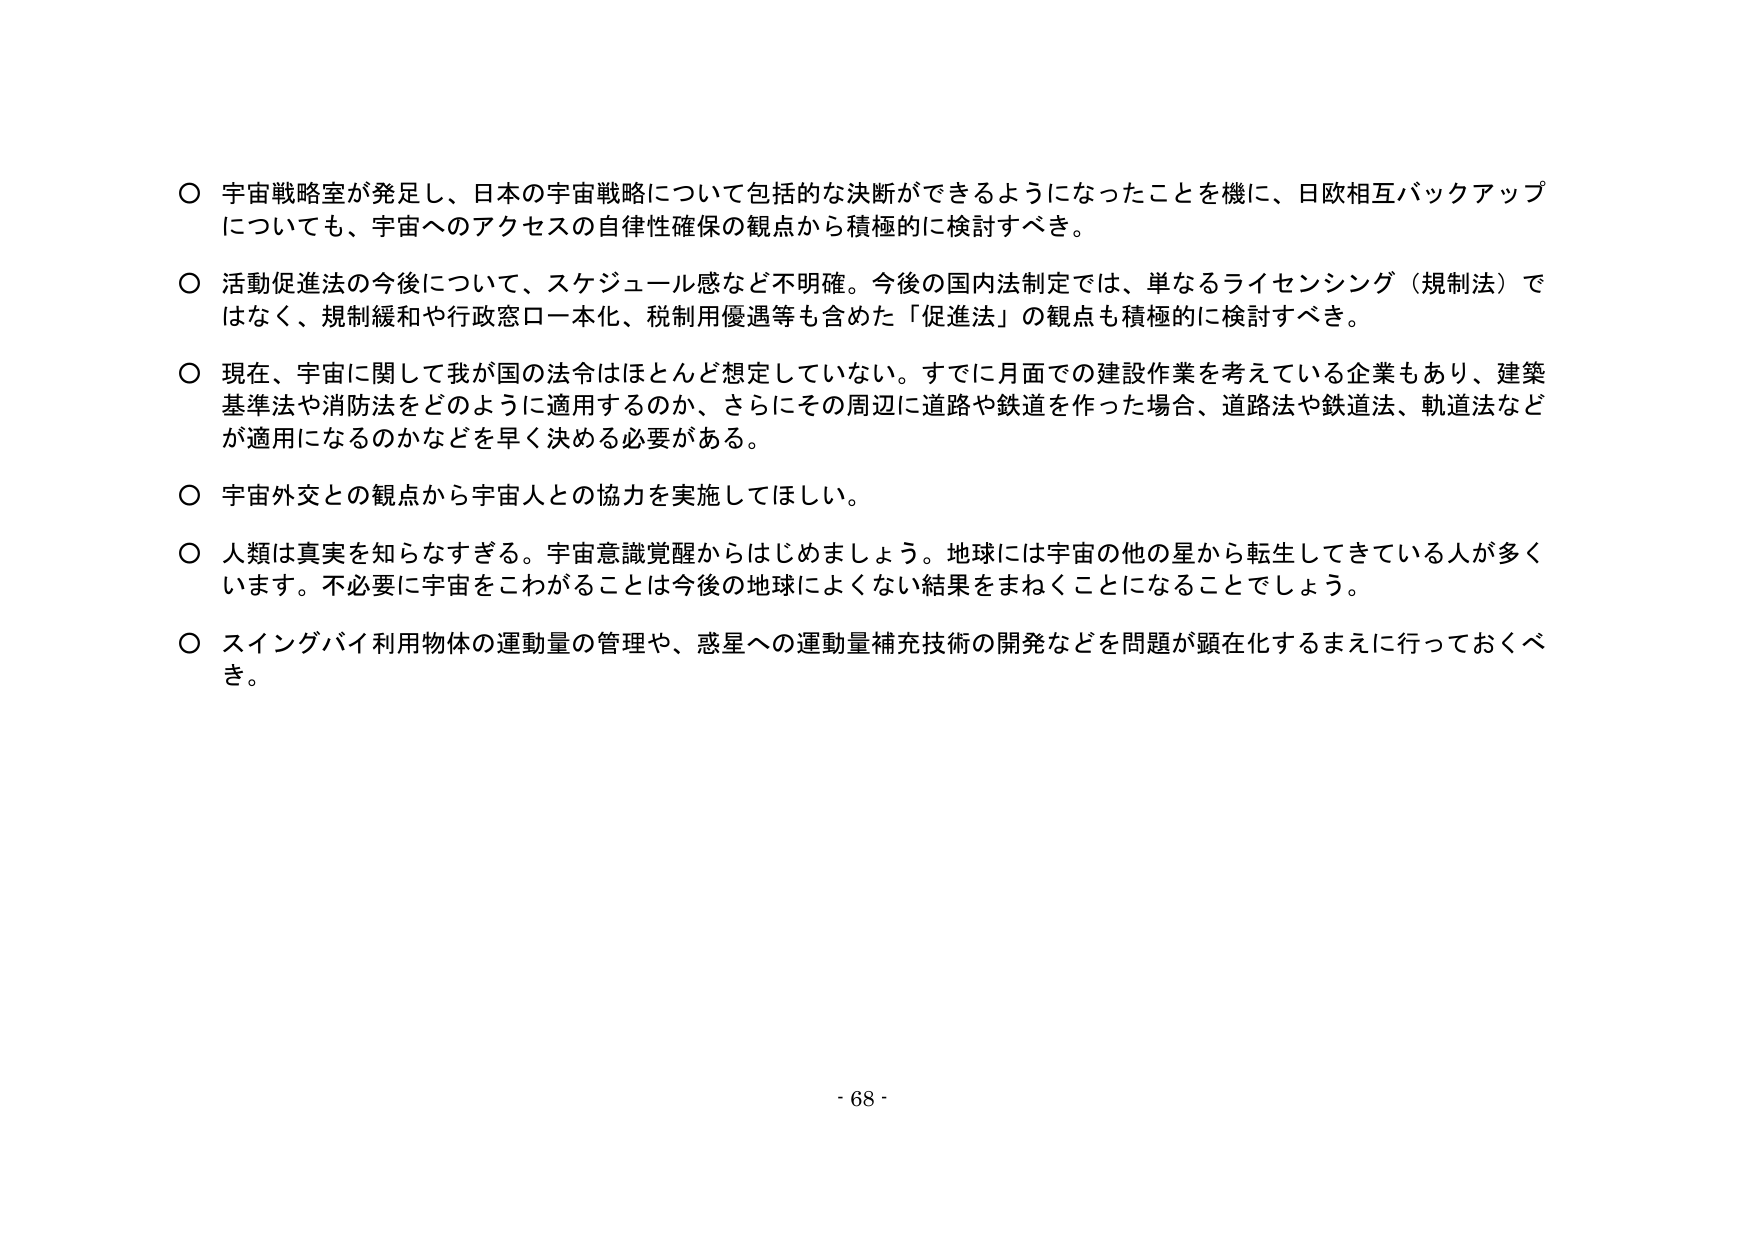
○ 宇宙戦略室が発足し、日本の宇宙戦略について包括的な決断ができるようになったことを機に、日欧相互バックアップについても、宇宙へのアクセスの自律性確保の観点から積極的に検討すべき。

○ 活動促進法の今後について、スケジュール感など不明確。今後の国内法制定では、単なるライセンシング（規制法）ではなく、規制緩和や行政窓口一本化、税制用優遇等も含めた「促進法」の観点も積極的に検討すべき。

○ 現在、宇宙に関して我が国の法令はほとんど想定していない。すでに月面での建設作業を考えている企業もあり、建築基準法や消防法をどのように適用するのか、さらにその周辺に道路や鉄道を作った場合、道路法や鉄道法、軌道法などが適用になるのかなどを早く決める必要がある。

○ 宇宙外交との観点から宇宙人との協力を実施してほしい。

○ 人類は真実を知らなすぎる。宇宙意識覚醒からはじめましょう。地球には宇宙の他の星から転生してきている人が多くいます。不必要に宇宙をこわがることは今後の地球によくない結果をまねくことになることでしょう。

○ スイングバイ利用物体の運動量の管理や、惑星への運動量補充技術の開発などを問題が顕在化するまえに行っておくべき。

- 68 -